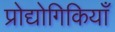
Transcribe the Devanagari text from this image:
प्रोद्योगिकियाँ